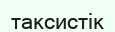
таксистік